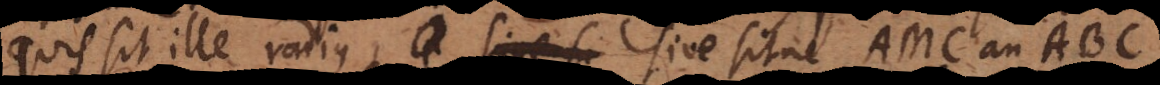
Quis sit ille radius, sive sitne AMC an ABC